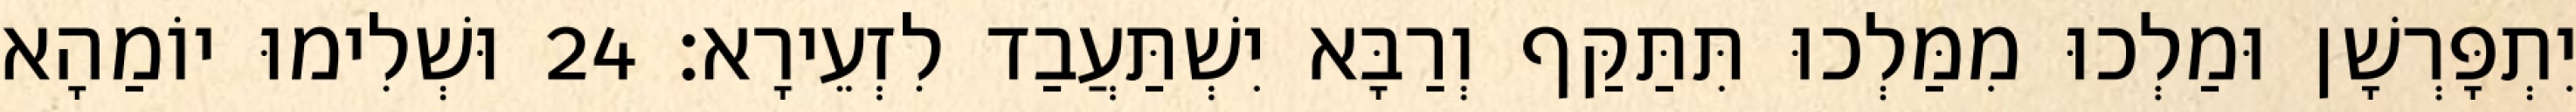
יִתְפָּרְשָׁן וּמַלְכוּ מִמַּלְכוּ תִּתַּקַּף וְרַבָּא יִשְׁתַּעֲבַד לִזְעֵירָא׃ 24 וּשְׁלִימוּ יוֹמַהָא